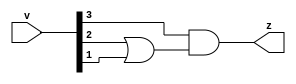
//Mch so snh kim tra s nhp vi 9. Ng ra comparator z=0 nu s nh hn 9, v z = 1 nu s ln hn 9

module comparator(v,z);
	input [3:0] v; //Inputs
	output z; //Output
	
	assign z = v[3] & (v[2] | v[1]);
endmodule